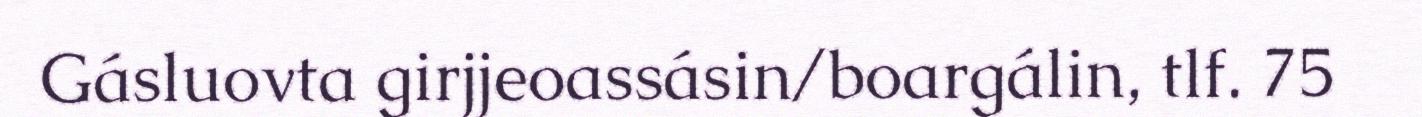
Gásluovta girjjeoassásin/boargálin, tlf. 75